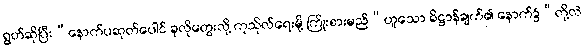
ရွတ်ဆိုပြီး“နောက်ပဆုတ်ပေါင် ခုလိုတွေးလို့ ကုသိုလ်ရေးမို့ ကြိုးစားမည်”ဟူသော ဓိဋ္ဌာန်ချက်၏ နောက်၌“တို့လဲ